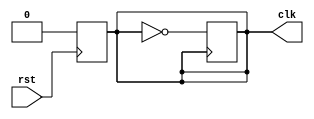
module clock_gen (
    input rst,
    output reg clk
);

always @(posedge rst)
begin
    clk <= 0;
end

always @(posedge clk)
begin
    clk <= ~clk;
end

endmodule